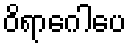
ဝိရာဂေါပေ